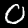
Label: 0